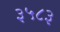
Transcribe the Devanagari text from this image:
३५८३